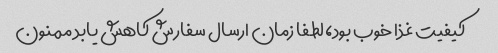
کیفیت غذا خوب بود، لطفا زمان ارسال سفارش کاهش یابد ممنون